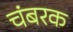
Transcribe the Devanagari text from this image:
चंबरक